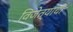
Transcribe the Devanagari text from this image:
विजेत्याची